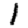
Digit: 1